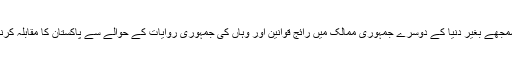
اس اہم فرق کو سمجھے بغیر دنیا کے دوسرے جمہوری ممالک میں رائج قوانین اور وہاں کی جمہوری روایات کے حوالے سے پاکستان کا مقابلہ کرنا غیر حقیقی ہے۔